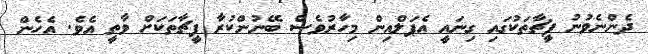
ދެންނެވުނު ފީޗާތަކުގައި ގިނައީ އެޕަލްއިން މިހާރުވެސް ބޭނުންކުރާ ފީޗާތަކަށް ވާތީ އެވެ. އެހެން